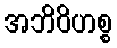
အဘိဝိဟစ္စ